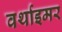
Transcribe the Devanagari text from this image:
वर्थाइमर